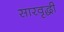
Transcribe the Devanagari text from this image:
सारवृद्धी